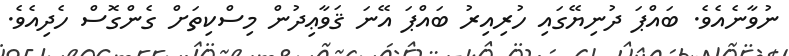
ނުވާނެއެވެ. ބައްޕަ ދުނިޔޭގައި ހުރިއިރު ބައްޕަ އޭނަ ޤަވާޢިދުން މިސްކިތަށް ގެންގޮސް ހެދިއެވެ.